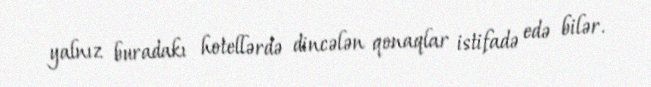
yalnız buradakı hotellərdə dincələn qonaqlar istifadə edə bilər.